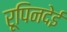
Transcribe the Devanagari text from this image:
रूपिनदेई